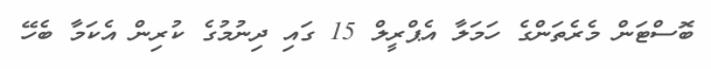
ބޮސްޓަން މެރެތަންގެ ހަމަލާ އެޕްރީލް 15 ގައި ދިނުމުގެ ކުރިން އެކަމާ ބެހޭ